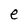
Character: e